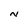
Character: N